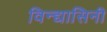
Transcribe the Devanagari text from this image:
विन्द्यासिनी